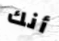
أنك